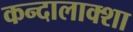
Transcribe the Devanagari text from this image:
कन्दालाक्शा